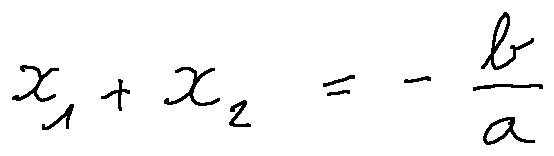
x _ { 1 } + x _ { 2 } = - \frac { b } { a }